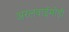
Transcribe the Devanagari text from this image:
अरलवाईमोड़ी